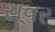
સૂવર